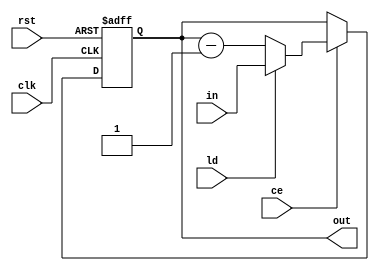
module counter #(parameter wide = 4)
(input clk, rst, ld, ce, input [wide-1:0] in, output reg [wide-1:0] out);

    always @ (posedge clk, posedge rst)
        begin
        if (rst) out = 0;
        else if (ce) out = ld ? in : out-1;
        else out = out;
        end

endmodule